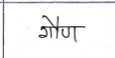
मजकूर: गौण